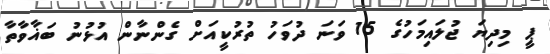
ޕީ މިދިޔަ ޖުލައިމަހުގެ 15 ވަނަ ދުވަހު ތުރުކީއަށް ގެންނާން އުޅުނު ބަޣާވާތާ